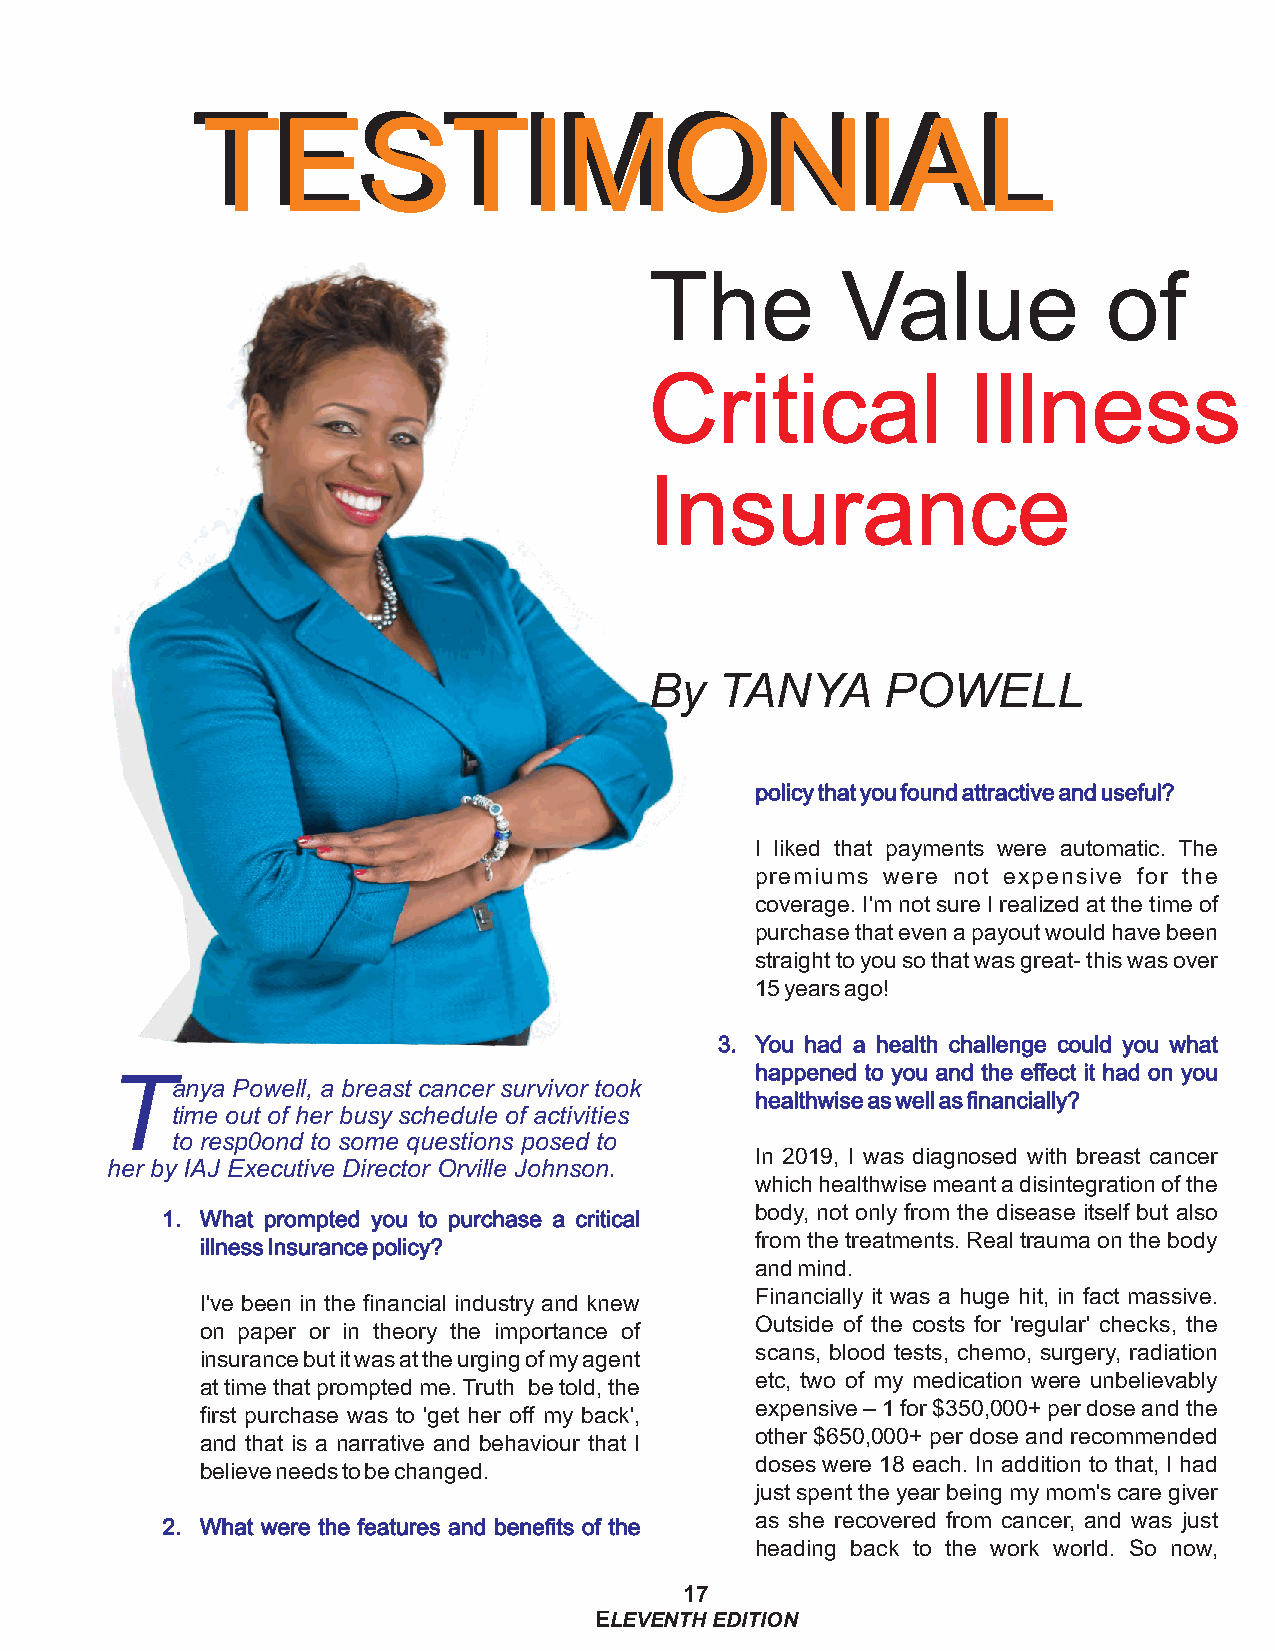
TTEESSTTIIMMOONNIIAALL
 The          Value            of
 Critical             Illness
 Insurance
 By   TANYA      POWELL
 policy that you found attractive and useful?
 I liked that payments were automatic. The
 premiums were not expensive for the
 coverage. I'm not sure I realized at the time of
 purchase that even a payout would have been
 straight to you so that was great- this was over
 15 years ago!
 3. You had a health challenge could you what
 T                                          happened to you and the effect it had on you
 anya Powell, a breast cancer survivor took
 healthwise as well as financially?
 time out of her busy schedule of activities
 to resp0ond to some questions posed to
 In 2019, I was diagnosed with breast cancer
 her by IAJ Executive Director Orville Johnson.
 which healthwise meant a disintegration of the
 body, not only from the disease itself but also
 1. What prompted you to purchase a critical
 from the treatments. Real trauma on the body
 illness Insurance policy?
 and mind.
 Financially it was a huge hit, in fact massive.
 I've been in the financial industry and knew
 Outside of the costs for 'regular' checks, the
 on paper or in theory the importance of
 scans, blood tests, chemo, surgery, radiation
 insurance but it was at the urging of my agent
 etc, two of my medication were unbelievably
 at time that prompted me. Truth be told, the
 expensive – 1 for $350,000+ per dose and the
 first purchase was to 'get her off my back',
 other $650,000+ per dose and recommended
 and that is a narrative and behaviour that I
 doses were 18 each. In addition to that, I had
 believe needs to be changed.
 just spent the year being my mom's care giver
 as she recovered from cancer, and was just
 2. What were the features and benefits of the
 heading back to the work world. So now,
 17
 ELEVENTH EDITION